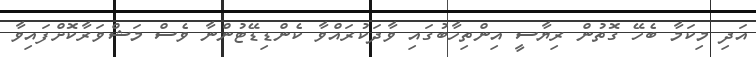
އަދި މިކަމާ ބެހޭ ގޮތުން ރިޔާސީ އިންތިހާބުގައި ވާދަކުރައްވާ ކެންޑިޑޭޓުންނާ ވެސް މަޝްވަރާކޮށްފައިވާ